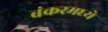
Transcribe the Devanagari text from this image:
बंकरमध्ये